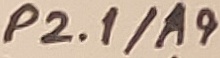
Text: P2.1/A9